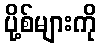
ပို့စ်များကို